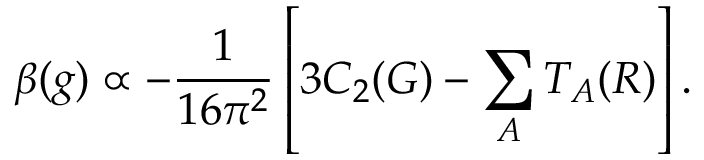
\beta ( g ) \propto - { \frac { 1 } { 1 6 \pi ^ { 2 } } } \left[ 3 C _ { 2 } ( G ) - \sum _ { A } T _ { A } ( R ) \right] .